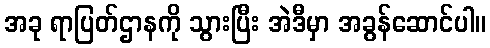
အခု ရာပြတ်ဌာနကို သွားပြီး အဲဒီမှာ အခွန်ဆောင်ပါ။